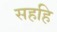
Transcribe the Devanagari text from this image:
सहहि